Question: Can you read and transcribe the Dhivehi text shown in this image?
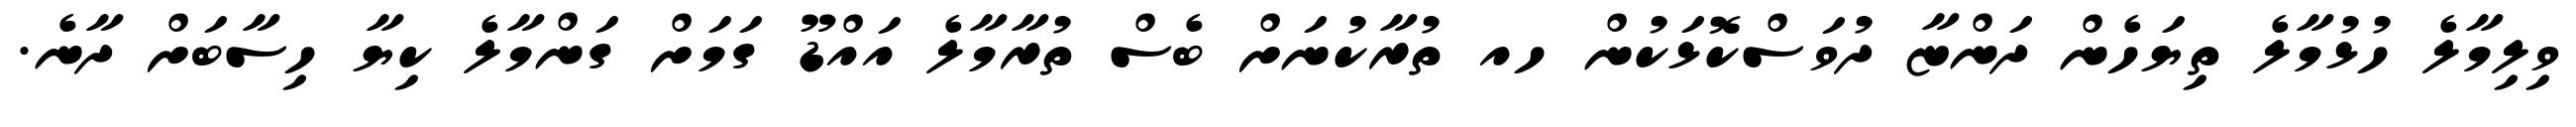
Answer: ވިލިމާލެ ހުޅުމާލެ ތިޔަހެން ދަންޏާ ދުވަސްކޮޅަކުން ހއ ތުރާކުނަށް ބެސް ތުރާމާލެ އައްޑޫ ގަމަށް ގަންމާލެ ކިޔާ ހިސާބަށް ދާނެ.